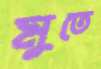
মুতে